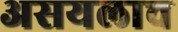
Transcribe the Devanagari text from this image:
असयलाच